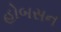
હોબસન